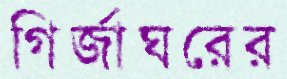
গির্জাঘরের